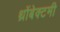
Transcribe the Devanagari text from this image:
थ्रोंबेक्टमी